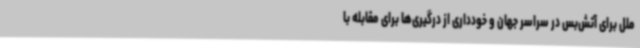
ملل برای آتش‌بس در سراسر جهان و خودداری از درگیری‌ها برای مقابله با